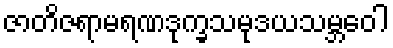
ဇာတိဇရာမရဏဒုက္ခသမုဒယသမ္ဘဝေါ